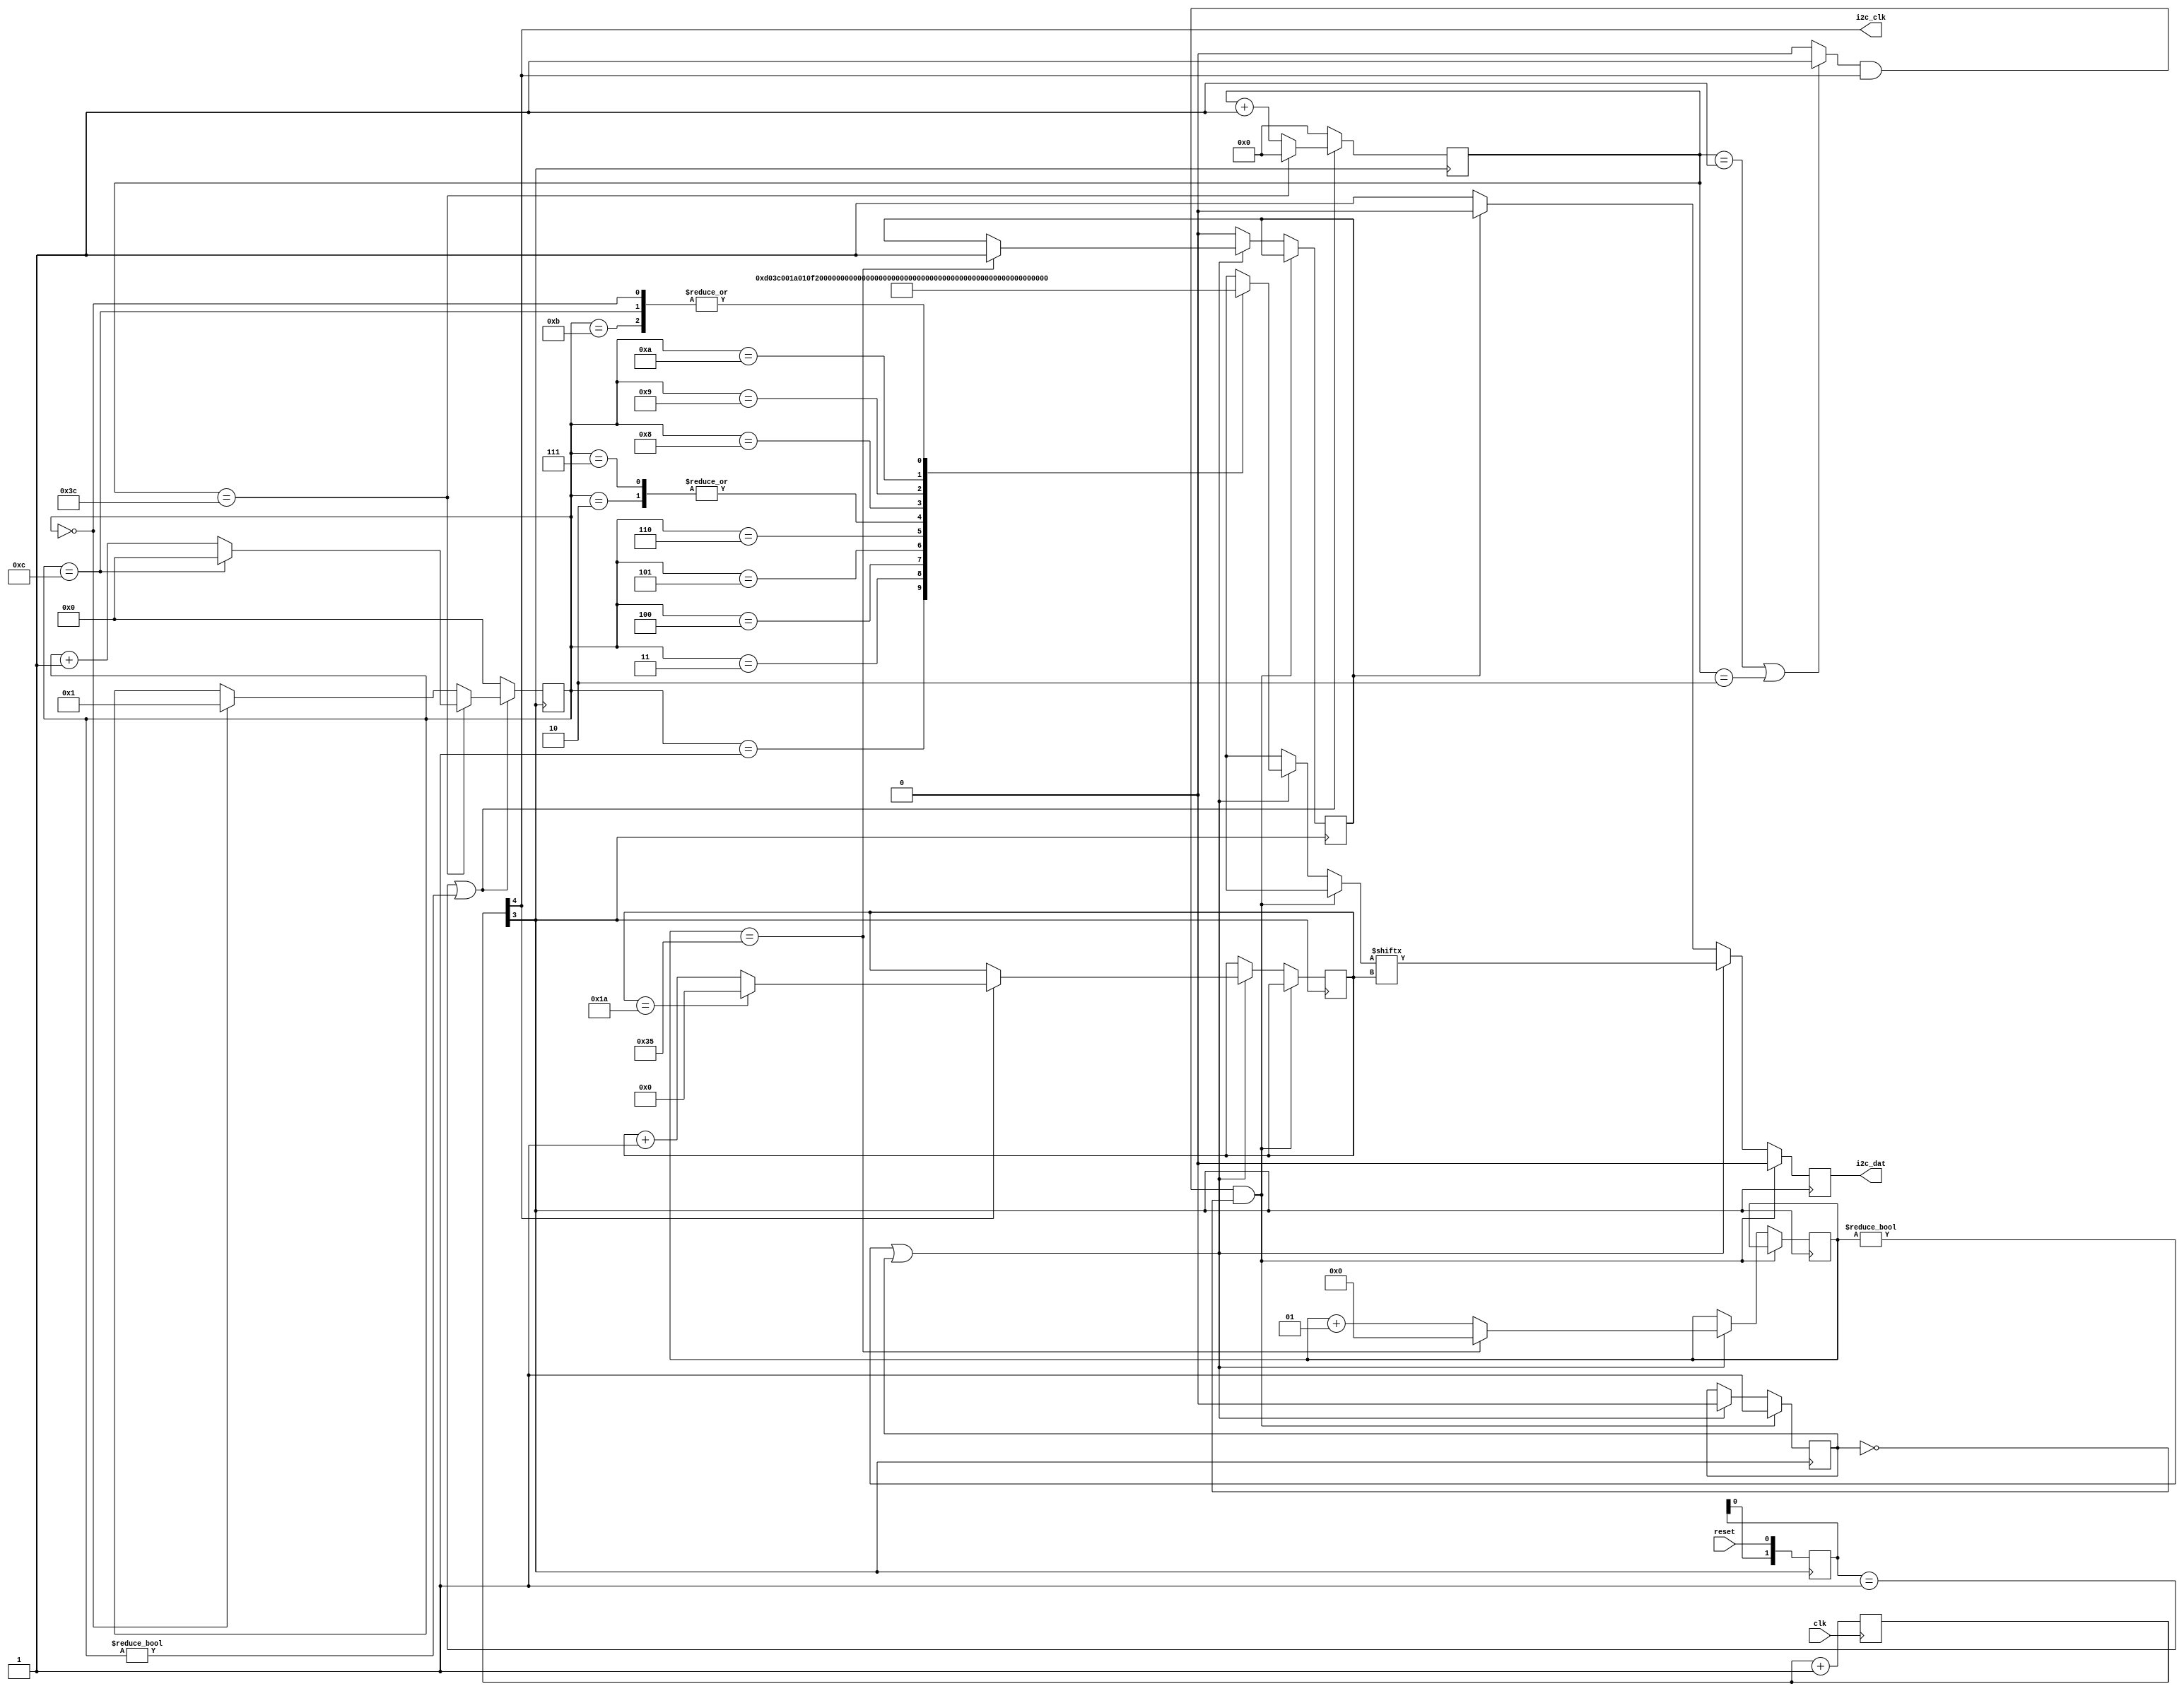
module i2c (/*AUTOARG*/
   // Outputs
   i2c_clk, i2c_dat,
   // Inputs
   clk, reset
   );
   input clk,reset;
   //   input bclk;
   output i2c_clk, i2c_dat;
   // output dac_on, adc_on;


   /*
    * debug start
    */

   /*
    * debug stop
    */
   
   reg [0:26] i2c_pass;
   reg [0:26] i2c_reset[0:12];
   reg [4:0] 	  clk_slow;
   reg[7:0] 	  i2c_counter;
   reg 		  send;  //1 when package not send.

//   reg 		  start_ready, send_ready;
   reg [1:0] 	  play_tmp, record_tmp, reset_tmp;
//   reg [2:0] 	  send_counter;
   integer 	  count_1;
   reg [3:0] 	  reset_state;
   reg [6:0] 	  reset_counter;
   reg 		  ready_1,ready_2;	  
   /*AUTOWIRE*/
   /*AUTOREG*/
   // Beginning of automatic regs (for this module's undeclared outputs)
   reg			i2c_clk;
   reg			i2c_dat;
   // End of automatics

   initial begin
      send = 0;
  //    start_ready =0;
//      send_ready =0;
//      send_counter=0;
      count_1 = 0;
      reset_state = 0;
      reset_counter = 0;
      ready_1 = 0;
      i2c_reset[0] = 0;
      i2c_reset[1] = 0;
      i2c_reset[2] = 0;
      i2c_reset[3] = 0;
      i2c_reset[4] = 0;
      i2c_reset[5] = 0;
      i2c_reset[6] = 0;
      i2c_reset[7] = 0;
      i2c_reset[8] = 0;
      i2c_reset[9] = 0;
      i2c_reset[10] = 0;
      i2c_reset[11] = 0;
      i2c_reset[12] = 0;
      ready_2 = 0;
   end
   
   always @(*) begin
      i2c_clk = clk_slow[4];
   end
   
   always @(negedge clk) begin
      clk_slow <= clk_slow + 4'b1;
   end
////////////////////////////////////////////////////////////////////////////////////////////////////
// control send
////////////////////////////////////////////////////////////////////////////////////////////////////   
   always @(posedge clk_slow[3]) begin
      if ((reset_tmp == 2'b01) || (reset_state != 0)) begin
	 if (reset_state == 0) begin
	    reset_state <= 1;
	 end 

	 if (reset_counter == 60) begin
	    if (reset_state == 12) begin
	       reset_state <= 0;
	    end else begin
	       reset_state <= reset_state + 4'd1;
	    end
	    reset_counter <= 0;
	 end else begin
	    reset_counter <= reset_counter + 7'd1;
	 end
      end else begin // if ((reset_tmp = 2'b01) || (reset_state != 0))
	 reset_counter <= 0;
	 reset_state <= 0;
      end
      reset_tmp[1] <= reset_tmp[0];
      reset_tmp[0] <= reset;
   end

   always @(*) begin
      if ((reset_counter == 1) || (reset_counter == 2)) begin
	 send = 1;
      end else begin
	 send = 0;
      end
   end

////////////////////////////////////////////////////////////////////////////////////////////////////
//    control i2c signals
////////////////////////////////////////////////////////////////////////////////////////////////////   
   always @ (posedge clk_slow[3]) begin
      if ( (send==1 && clk_slow[4]==1)&& ready_1==0 ) begin
	 ///////////first thing start/////////
	 i2c_dat <= 0;
//	 start_ready <= 1;
	 //////////first thing stop ////////
	 ready_1 <= 1;
      end else begin
	 if(count_1 != 0 || ready_1 == 1) begin
	    ready_1 <= 0;
	    ////////second thing start////////
	    i2c_dat <= i2c_reset[reset_state][i2c_counter];
	    if (clk_slow[4] == 1) begin
	       if (i2c_counter == 26) begin
		  i2c_counter <= 0;
	       end else begin
		  i2c_counter <= i2c_counter + 7'd1;
	       end
	    end
	    ////////second thing stop/////////
	    count_1 <=count_1 + 1;
	    
	    if(count_1 == 53) begin
	       count_1 <= 0;
	       ready_2 <= 1;
	    end 
	 end else begin  // if (count_1 != 0 || ready_1 ==1)
	    if (ready_2 == 1) begin
	       ///////////third thing start/////////
	       i2c_dat <= 0;
	       ready_2 <= 0;
	       /////////third thing stop////////
	    end else begin
	       i2c_dat <= 1;  ///normal/////
	    end
	 end
      end
   end
   
   always @(*) begin
      i2c_reset[1] = 27'b00110100_0_00011110_0_00000000_0; //reset
      i2c_reset[2] = 27'b00110100_0_00001000_0_00010100_0; //mic
      i2c_reset[3] = 27'b00110100_0_00000100_0_01111001_0; //headphone amp left
      i2c_reset[4] = 27'b00110100_0_00000110_0_01111001_0; //headphone amp right
      i2c_reset[5] = 27'b00110100_0_00001110_0_01010010_0; //digital interface
      i2c_reset[6] = 27'b00110100_0_00010000_0_00000000_0; //sampling control
      i2c_reset[7] = 27'b00110100_0_00001000_0_00010100_0; //analogue audio path control
      i2c_reset[8] = 27'b00110100_0_00010010_0_00000001_0;  //  active control
      i2c_reset[9] = 27'b00110100_0_00001010_0_00010001_0; //digital audio path control
      i2c_reset[10] = 27'b00110100_0_00001100_0_00000000_0;  //  Power Down Control
   end

endmodule